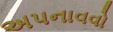
અપનાવવો